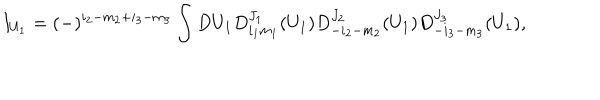
I _ { U _ { 1 } } = ( - ) ^ { i _ { 2 } - m _ { 2 } + i _ { 3 } - m _ { 3 } } \int D U _ { 1 } D _ { i _ { 1 } m _ { 1 } } ^ { J _ { 1 } } ( U _ { 1 } ) D _ { - i _ { 2 } - m _ { 2 } } ^ { J _ { 2 } } ( U _ { 1 } ) D _ { - i _ { 3 } - m _ { 3 } } ^ { J _ { 3 } } ( U _ { 1 } ) ,